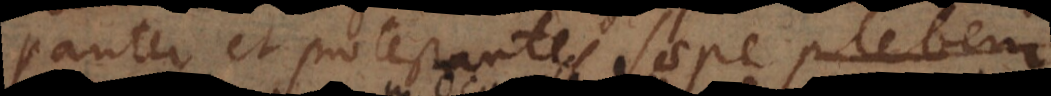
pariter et protestantes saepe plebem